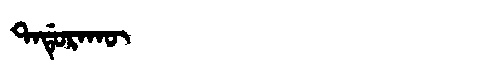
Manchu: ᡨᠠᡩᡠᡵᠠᡴᡡ
Romanization: TADURAKŪ